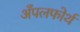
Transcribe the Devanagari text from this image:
अँपलफोर्थ